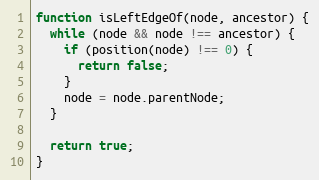
Language: JavaScript
function isLeftEdgeOf(node, ancestor) {
  while (node && node !== ancestor) {
    if (position(node) !== 0) {
      return false;
    }
    node = node.parentNode;
  }

  return true;
}